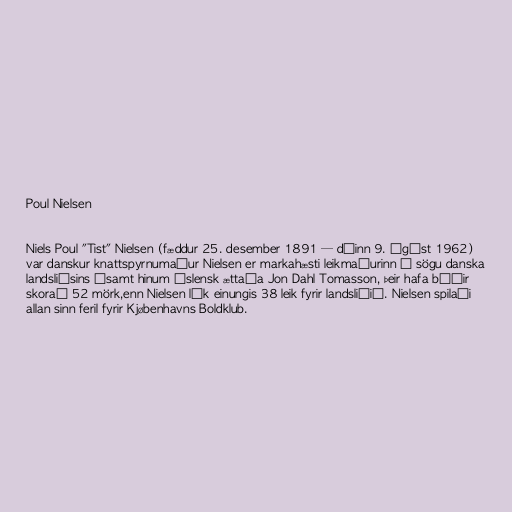
Poul Nielsen

Niels Poul "Tist" Nielsen (fæddur 25. desember 1891 — dáinn 9. ágúst 1962)
var danskur knattspyrnumaður Nielsen er markahæsti leikmaðurinn í sögu danska
landsliðsins ásamt hinum íslensk ættaða Jon Dahl Tomasson, þeir hafa báðir
skorað 52 mörk,enn Nielsen lék einungis 38 leik fyrir landsliðið. Nielsen spilaði
allan sinn feril fyrir Kjøbenhavns Boldklub.